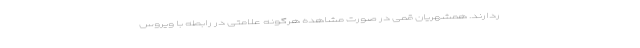
ردارند. همشهریان قمی در صورت مشاهده هرگونه علامتی در رابطه با ویروس